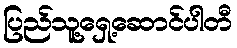
ပြည်သူ့ရှေ့ဆောင်ပါတီ